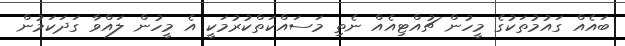
ބައެއް ގައުމުތަކުގެ މީހުން ޗުއްޓިއެއް ނެތި މަސައްކަތްކުރުމަކީ އެ މީހުން ލައްވާ ގަދަކަމުން